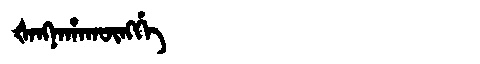
Manchu: ᡧᠠᠩᠨᠠᡥᠠᡴᡡᠩᡤᡝ
Romanization: ŠANGNAHAKŪNGGE